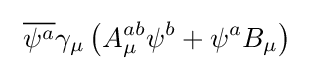
\ {\overline {\psi ^{a}}}\gamma _{\mu }\left(A_{\mu }^{ab}\psi ^{b}+\psi ^{a}B_{\mu }\right)\